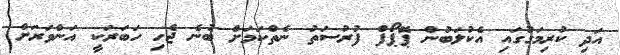
އަދި ކުރިމަގުގައި އެކުލަބުން ޕޮޕޯފް ފުރުސަތު ނެތްކަމަށް ބުނެ ޖެހި ހަބަރަކީ އަންވަރަށް